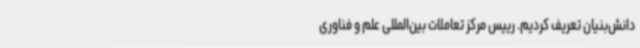
دانش‌بنیان تعریف کردیم. رییس مرکز تعاملات بین‌المللی علم و فناوری